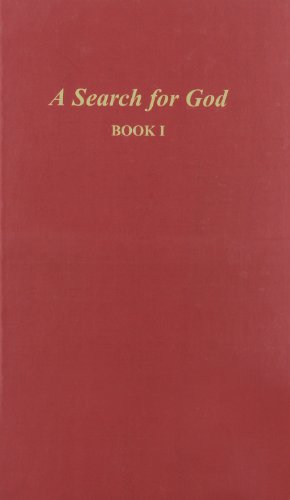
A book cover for A Search for God, Book 1; Edgar Cayce; Religion & Spirituality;